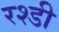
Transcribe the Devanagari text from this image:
रश्डी